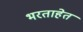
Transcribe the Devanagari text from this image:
भरताहेत